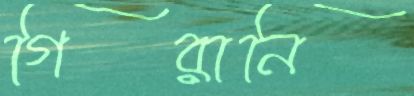
গিরানি